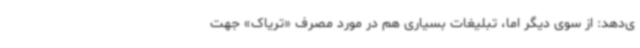
ی‌دهد: از سوی دیگر اما، تبلیغات بسیاری هم در مورد مصرف «تریاک» جهت